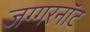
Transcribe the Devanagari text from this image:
जग्गरनॉट